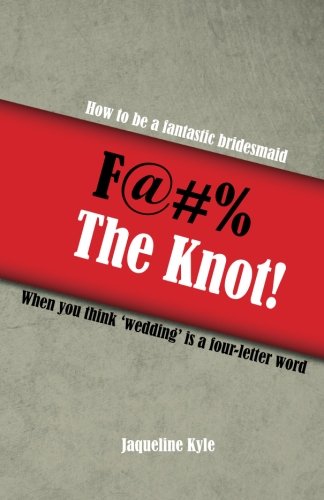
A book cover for F@#% the Knot: How to be a Fantastic Bridesmaid When You Think 'Wedding' is a Four-Letter Word; Jaqueline Kyle; Crafts, Hobbies & Home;